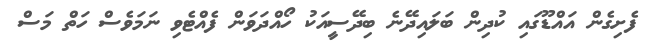
ފެށިގެން އައްޑޫގައި ކުދިން ބަލައިދޭނެ ބިދޭސީއަކު ހޯއްދަވަން ފެއްޓެވި ނަމަވެސް ހަތް މަސް